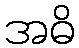
အဓိ